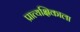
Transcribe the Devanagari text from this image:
प्रात्यक्षिकाला